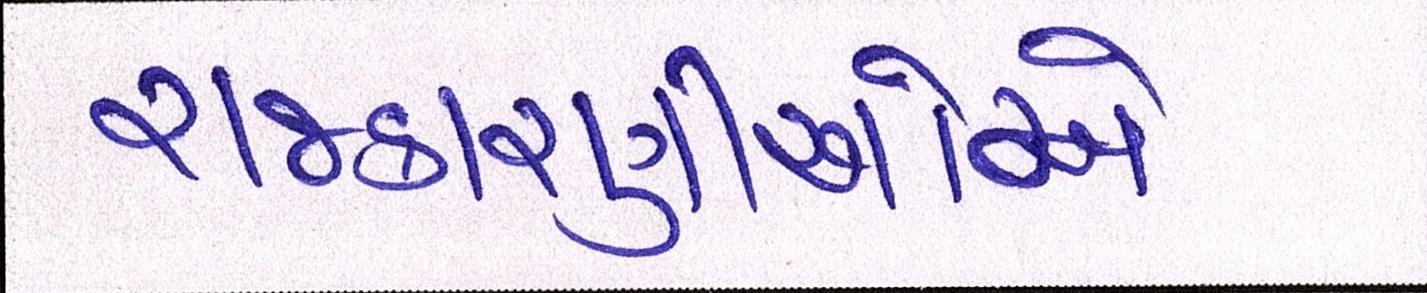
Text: રાજકારણીઓએ